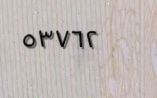
٥٣٧٦٢